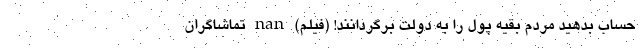
حساب بدهید مردم بقیه پول را به دولت برگردانند! (فیلم) nan تماشاگران